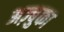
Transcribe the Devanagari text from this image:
अज़्बुका